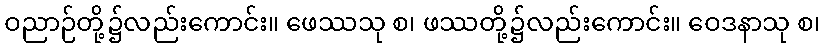
ဝညာဉ်တို့၌လည်းကောင်း။ ဖေဿသု စ၊ ဖဿတို့၌လည်းကောင်း။ ဝေဒနာသု စ၊